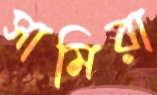
সামিরা